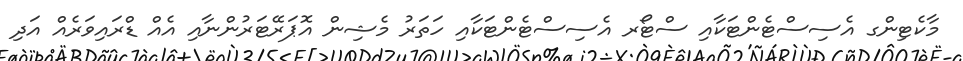
މާކެޓިންގ އެސިސްޓެންޓަކާއި ސްޓޯރ އެސިސްޓެންޓަކާއި ހަތަރު މެޝިން އޮޕަރޭޓަރުންނާއި އެއް ޑްރައިވަރެއް އަދި